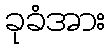
ခုခံအား